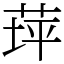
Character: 𦱾